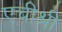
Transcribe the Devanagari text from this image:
एचीश्री